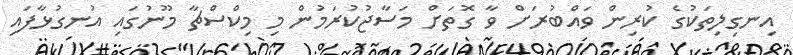
އިނގިލިތަކުގެ ކުރިން ވައްބުރަށް ވާ ގޮތަށް މަސާޖުކުރަމުން މި މިކްސްޗާ މޫނުގައި އުނގުޅާފައި